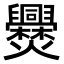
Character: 㸑